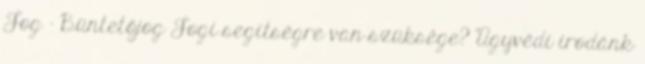
Jog – Büntetőjog Jogi segítségre van szüksége? Ügyvédi irodánk